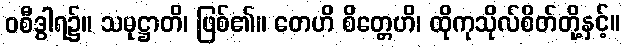
ဝစီဒွါရ၌။ သမုဋ္ဌာတိ၊ ဖြစ်၏။ တေဟိ စိတ္တေဟိ၊ ထိုကုသိုလ်စိတ်တို့နှင့်။